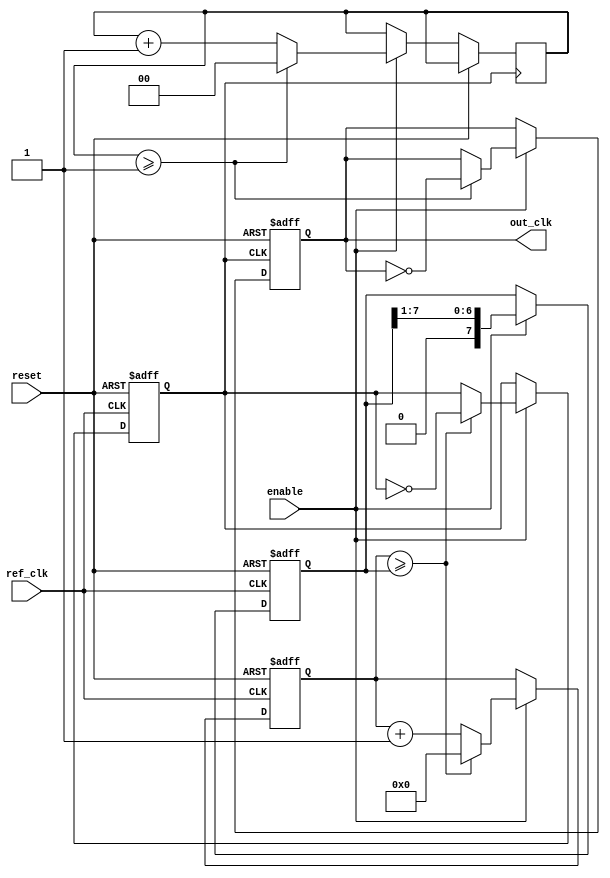
module parameterized_PLL #(
    parameter PARAM_M = 4,    // Multiplication factor
    parameter PARAM_N = 2,    // Division factor
    parameter PARAM_BW = 8     // Bandwidth for loop filter (adjustable)
) (
    input wire ref_clk,         // Reference clock
    input wire reset,           // Reset signal (active high)
    input wire enable,          // Enable signal
    output reg out_clk          // Output clock
);

    // Internal signals
    reg [PARAM_BW-1:0] error_signal;  // Error signal from phase detector
    reg [PARAM_BW-1:0] filtered_signal; // Output from loop filter
    reg [PARAM_BW:0] vco_counter;       // VCO counter
    reg [1:0] ref_counter;               // Reference clock divider for phase detection
    reg vco_clk;                         // VCO clock signal

    // Generate a VCO clock based on the filtered signal
    always @(posedge ref_clk or posedge reset) begin
        if (reset) begin
            vco_counter <= 0;
            vco_clk <= 0;
        end else if (enable) begin
            // VCO control logic based on filtered signal
            if (vco_counter >= filtered_signal) begin
                vco_clk <= ~vco_clk; // Toggle VCO clock
                vco_counter <= 0;
            end else begin
                vco_counter <= vco_counter + 1;
            end
        end
    end

    // Output clock generation
    always @(posedge vco_clk or posedge reset) begin
        if (reset) begin
            out_clk <= 0;
        end else if (enable) begin
            if (ref_counter >= (PARAM_N - 1)) begin
                out_clk <= ~out_clk; // Toggle output clock
                ref_counter <= 0;
            end else begin
                ref_counter <= ref_counter + 1;
            end
        end
    end

    // Phase Detector Logic - simple XOR based for demonstration
    always @(posedge ref_clk) begin
        if (reset) begin
            error_signal <= 0;
        end else if (enable) begin
            // Simple phase detection logic (could be more complex)
            error_signal <= (ref_clk ^ vco_clk) ? 1 : 0; // Example phase comparison
        end
    end

    // Loop Filter implementation (simple accumulator for demonstration)
    always @(posedge ref_clk or posedge reset) begin
        if (reset) begin
            filtered_signal <= 0;
        end else if (enable) begin
            // Simple proportional control
            filtered_signal <= filtered_signal + error_signal; // Accumulate error
            // Apply bandwidth adjustment - just for simplicity
            filtered_signal <= filtered_signal >> 1; // Simple fraction scaling
        end
    end

endmodule